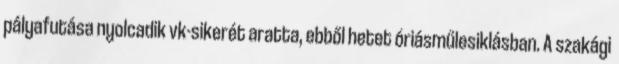
pályafutása nyolcadik vk-sikerét aratta, ebből hetet óriásműlesiklásban. A szakági